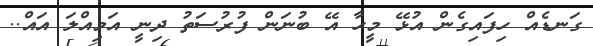
ގަނޑެއް ހިފައިގެން އުޅޭ މީހާ އޭ ބުނަން ފުރުސަތު ދިނީ އަމިއްލަ އައް..